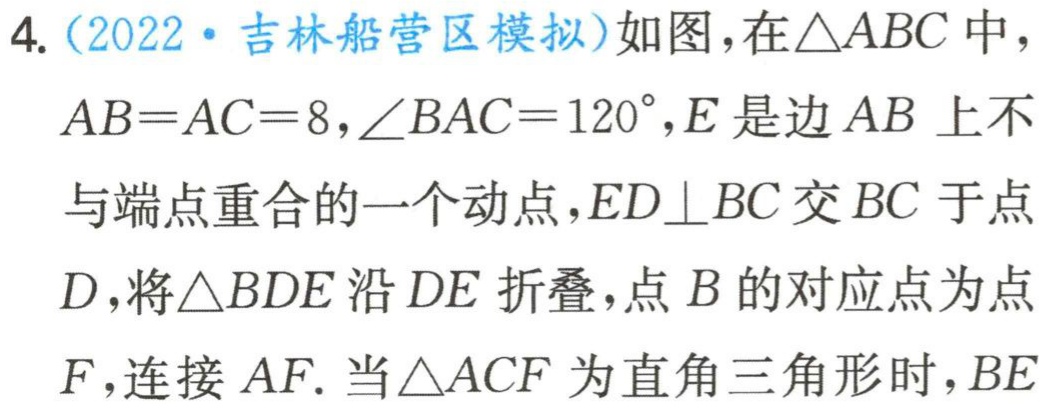
4.（2022·吉林船营区模拟）如图，在\(\triangle ABC\)中，\(AB = AC = 8,\angle BAC = 120^{\circ},E\)是边\(AB\)上不与端点重合的一个动点，\(ED\perp BC\)交\(BC\)于点\(D\)，将\(\triangle BDE\)沿\(DE\)折叠，点\(B\)的对应点为点\(F\)，连接\(AF\). 当\(\triangle ACF\)为直角三角形时，\(BE\)